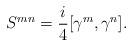
LaTeX: \begin{align*}{S^{mn}}={i\over 4}[\gamma^{m},\gamma^{n}].\end{align*}